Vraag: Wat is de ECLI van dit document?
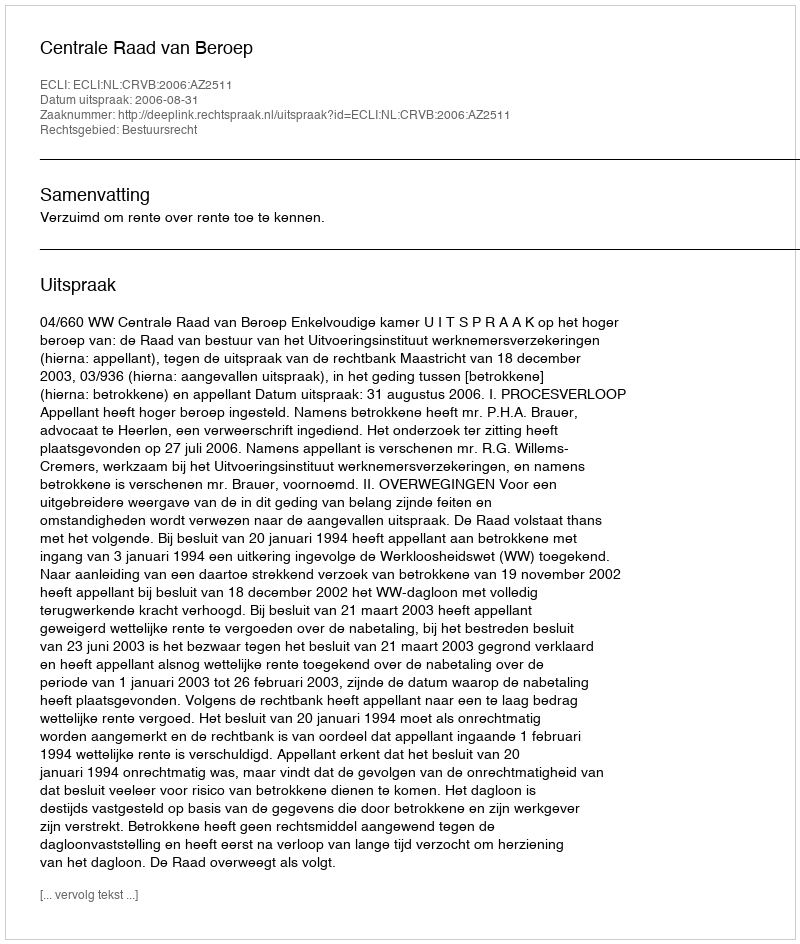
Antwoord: ECLI:NL:CRVB:2006:AZ2511